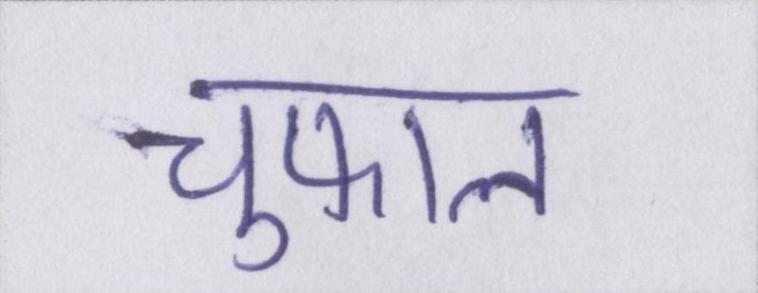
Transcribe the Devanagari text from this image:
चुफाल